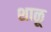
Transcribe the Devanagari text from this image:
शाळू